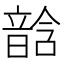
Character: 𩐧